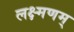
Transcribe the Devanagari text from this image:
लक्ष्मणम्